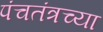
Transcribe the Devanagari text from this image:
पंचतंत्रच्या